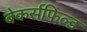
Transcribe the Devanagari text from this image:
बेकर्सफिल्ड